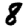
Digit: 8